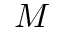
M